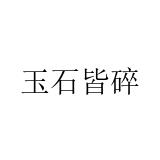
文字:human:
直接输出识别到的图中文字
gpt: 玉石皆碎